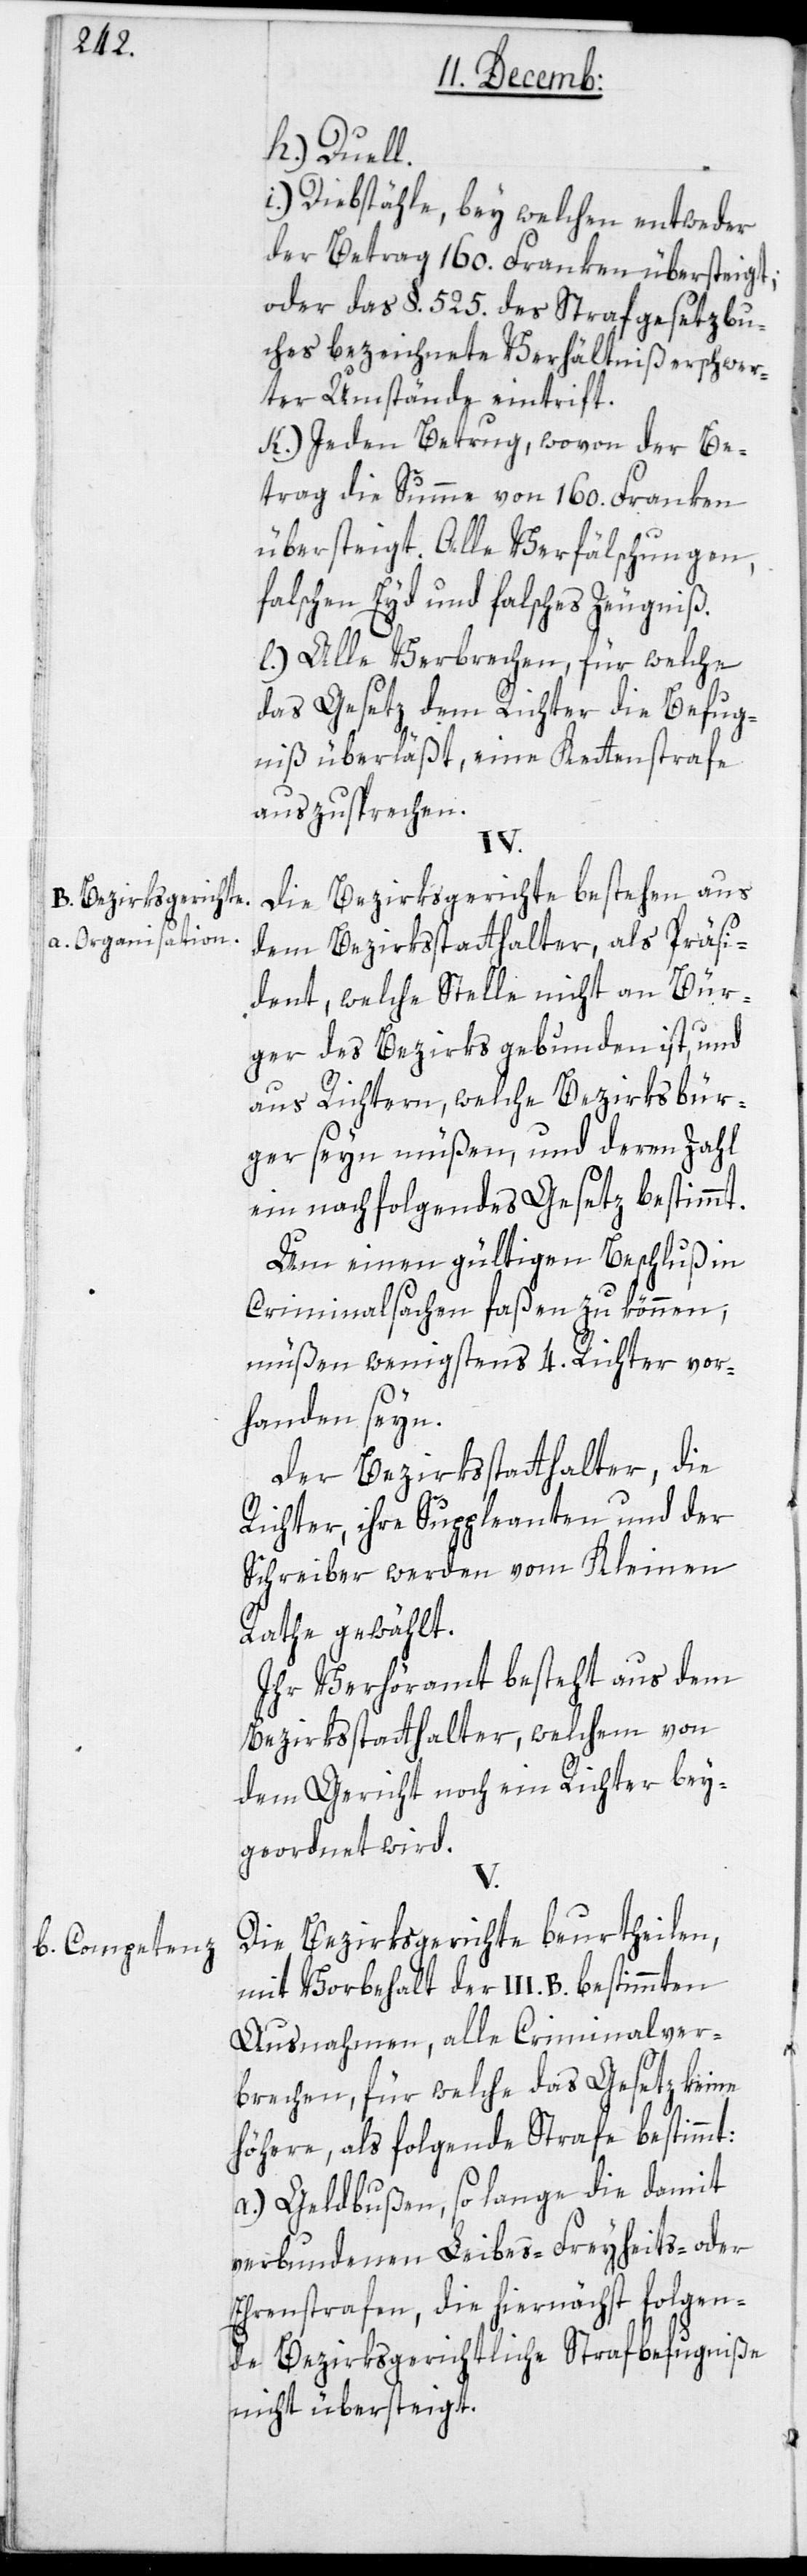
B. Bezirksgerichte.
a. Organisation.
b. Competenz.

h.) Duell.
i.) Diebstähle, bey welchen entweder
der Betrag 160. Franken übersteigt;
oder das §. 525. des Strafgesetzbu¬
ches bezeichnete Verhältniß erschwer¬
ter Umstände eintrifft.
k.) Jeden Betrug, wovon der Be¬
trag die Summe von 160. Franken
übersteigt. Alle Verfälschungen,
falschen Eyd und falsches Zeugniß.
l.) Alle Verbrechen, für welche
das Gesetz dem Richter die Befug¬
niß überläßt, eine Kettenstrafe
auszusprechen.
IV.
Die Bezirksgerichte bestehen aus
dem Bezirksstatthalter, als Präsi¬
dent, welche Stelle nicht an Bür¬
ger des Bezirks gebunden ist, und
aus Richtern, welche Bezirksbür¬
ger seyn müßen, und deren Zahl
ein nachfolgendes Gesetz bestimmt.
Um einen gültigen Beschluß in
Criminalsachen faßen zu können,
müßen wenigstens 4. Richter vor¬
handen seyn.
Der Bezirksstatthalter, die
Richter, ihre Suppleanten und der
Schreiber werden vom Kleinen
Rathe gewählt.
Ihr Verhöramt beßteht aus dem
Bezirksstatthalter, welchem von
dem Gericht noch ein Richter bei¬
geordnet wird.
V.
Die Bezirksgerichte beurtheilen,
mit Vorbehalt der III. B. bestimmten
Ausnahmen, alle Criminalver¬
brechen, für welche das Gesetz keine
höhere, als folgende Strafe bestimmt:
a.) Geldbußen, so lange die damit
verbundenen Leibes-[,] Freyheits- oder
Ehrenstrafen, die hiernächst folgen¬
de Bezirksgerichtliche Strafbefugniße
nicht übersteigt.